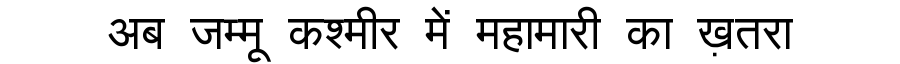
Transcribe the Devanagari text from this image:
अब जम्मू कश्मीर में महामारी का ख़तरा